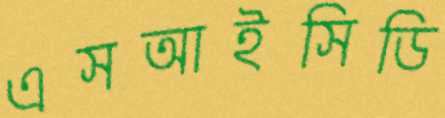
এসআইসিডি